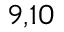
^ { 9 , 1 0 }